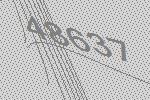
48637